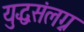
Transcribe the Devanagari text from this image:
युद्धसंलग्न